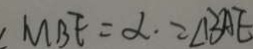
\angle M B E = \alpha = \angle B A E